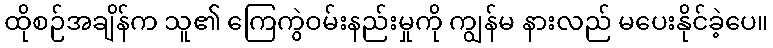
ထိုစဉ်အချိန်က သူ၏ ကြေကွဲဝမ်းနည်းမှုကို ကျွန်မ နားလည် မပေးနိုင်ခဲ့ပေ။